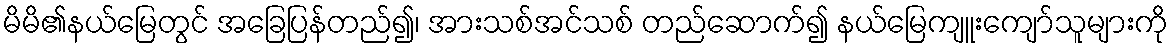
မိမိ၏နယ်မြေတွင် အခြေပြန်တည်၍၊ အားသစ်အင်သစ် တည်ဆောက်၍ နယ်မြေကျူးကျော်သူများကို